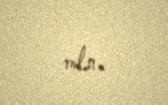
mln.